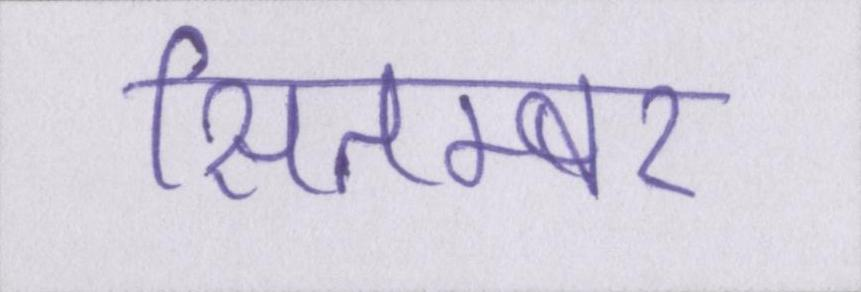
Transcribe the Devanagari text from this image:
सितम्बर